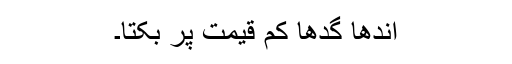
اندھا گدھا کم قیمت پر بکتا۔